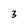
Character: 3